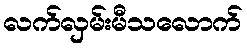
လက်လှမ်းမီသလောက်